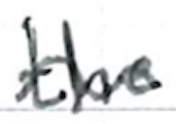
Text: the
Cross-out: wave
Writing tool: ballpoint